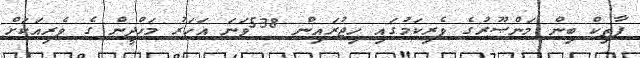
ފާތިކް ބިން މަންޞޫރުގެ ވެރިކަމުގައި ހިޖުރައިން 538ވަނަ އަހަރު މަހްދީން ގެ ވެރިއަކަށް